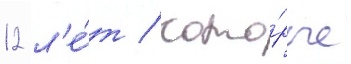
12 л'е́т / кото́рые